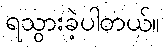
ရသွားခဲ့ပါတယ်။